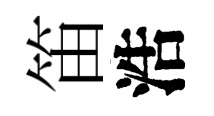
笛浩